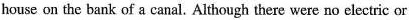
house on the bark of a canal. Although there were no electric or